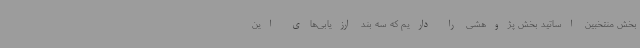
بخش منتخبین اساتید بخش پژوهشی را داریم که سه بند ارزیابی‌های این